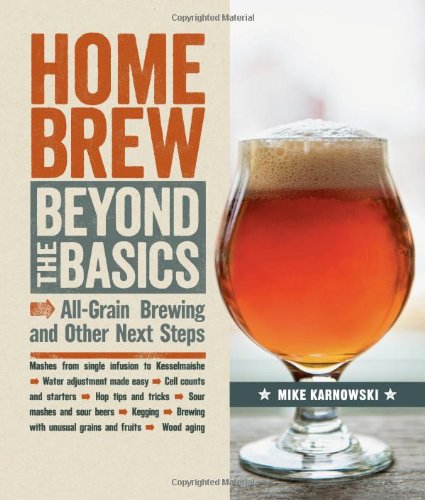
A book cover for Homebrew Beyond the Basics: All-Grain Brewing and Other Next Steps; Mike Karnowski; Cookbooks, Food & Wine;